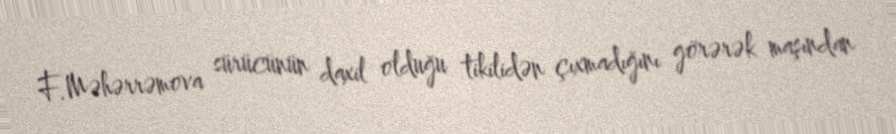
F.Məhərrəmova sürücünün daxil olduğu tikilidən çıxmadığını görərək maşından